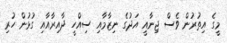
މީގެ އިތުރުން ވެސް ޖިނާއީ އަދުގެ ނިޒާމާއި ސިއްހީ ދާއިރާއާއި ގުޅުން ހުރި